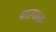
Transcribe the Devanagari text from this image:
बास्कम